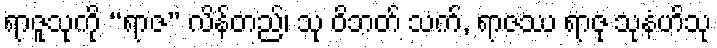
ရာဇူသုကို “ရာဇ” လိန်တည်၊ သု ဝိဘတ် သက်, ရာဇဿ ရာဇု သုနံဟိသု